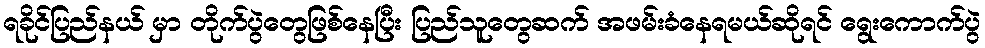
ရခိုင်ပြည်နယ် မှာ တိုက်ပွဲတွေဖြစ်နေပြီး ပြည်သူတွေဆက် အဖမ်းခံနေရမယ်ဆိုရင် ရွေးကောက်ပွဲ